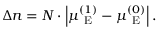
\Delta n = N \cdot \left| \mu _ { \mathrm { ~ E ~ } } ^ { ( 1 ) } - \mu _ { \mathrm { ~ E ~ } } ^ { ( 0 ) } \right| .